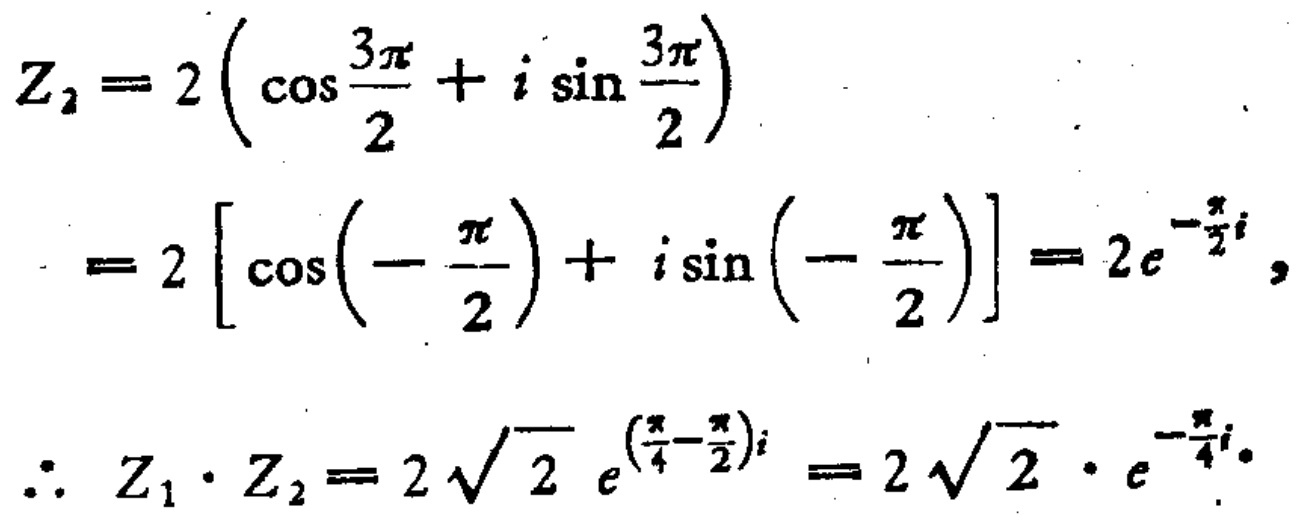
\[

\begin{align*}

Z_{2}&=2\left(\cos\frac{3\pi}{2}+i\sin\frac{3\pi}{2}\right)\\

&=2\left[\cos\left(-\frac{\pi}{2}\right)+i\sin\left(-\frac{\pi}{2}\right)\right]=2e^{-\frac{\pi}{2}i},\\

\therefore Z_{1}\cdot Z_{2}&=2\sqrt{2}e^{(\frac{\pi}{4}-\frac{\pi}{2})i}=2\sqrt{2}\cdot e^{-\frac{\pi}{4}i}.

\end{align*}

\]